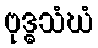
ဗုဒ္ဓသံဃံ